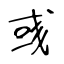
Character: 彧